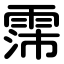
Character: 霈